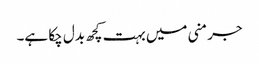
جرمنی میں بہت کچھ بدل چکا ہے۔